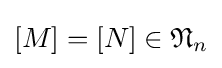
[M]=[N]\in {\mathfrak {N}}_{n}